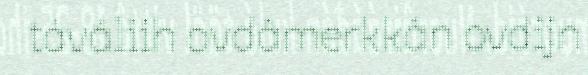
táváliih ovdâmerkkân ovdijn